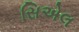
સિએલ